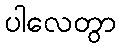
ပါလေတွာ